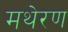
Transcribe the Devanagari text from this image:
मथेरण